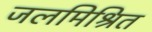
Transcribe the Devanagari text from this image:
जलमिश्रित